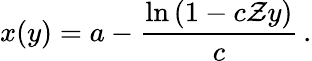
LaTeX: x(y)=a-\frac{\ln\left(1-c\mathcal{Z}y\right)}{c}\, .